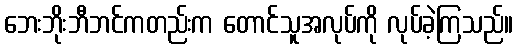
ဘေးဘိုးဘီဘင်ကတည်းက တောင်သူအလုပ်ကို လုပ်ခဲ့ကြသည်။